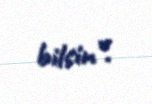
bilsin”.